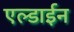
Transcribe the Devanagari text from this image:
एल्डाईन